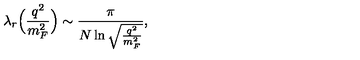
\lambda _ { r } \Bigl ( \frac { q ^ { 2 } } { m _ { F } ^ { 2 } } \Bigr ) \sim \frac { \pi } { N \ln \sqrt { \frac { q ^ { 2 } } { m _ { F } ^ { 2 } } } } ,